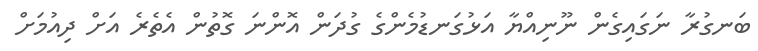
ބަނގުރާ ނަގައިގެން ނޫނިއްޔާ އަޅުގަނޑުމެންގެ ގުދަން އޮންނަ ގޮތުން އެތެރެ އަށް ދިއުމަށް